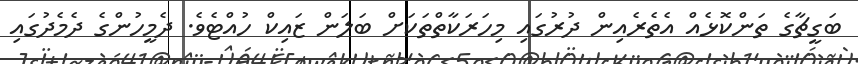
ބަގީޗާގެ ތަންކޮޅެއް އެތެރެއިން ދުރުގައި މިހަރަކާތްތަކަށް ބަލަން ޒައިކް ހުއްޓެވެ. ދެމީހުންގެ ދެމެދުގައި